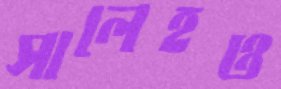
সালেহও